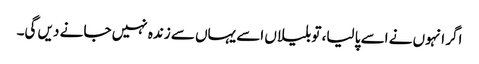
اگر انہوں نے اسے پا لیا، تو بلیاں اسے یہاں سے زندہ نہیں جا نے دیں گی۔